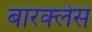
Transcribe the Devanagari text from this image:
बारक्लेस